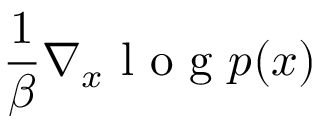
\frac { 1 } { \beta } \nabla _ { x } \textrm { l o g } p ( x )